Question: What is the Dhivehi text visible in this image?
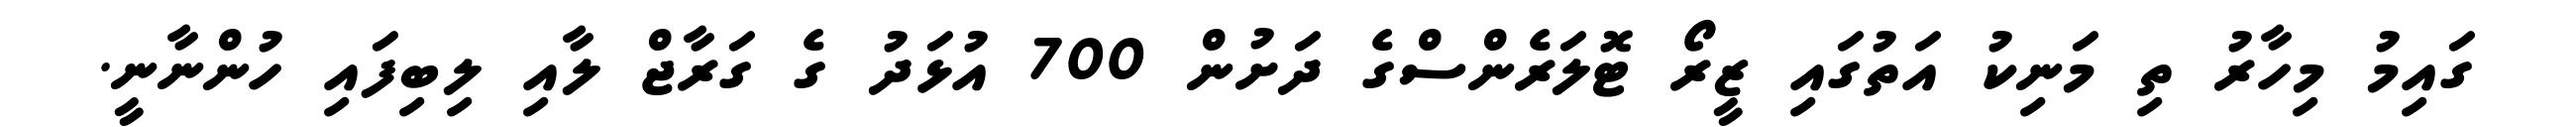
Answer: ގައިމު މިހާރު ތި މަނިކު އަތުގައި ޒީރޯ ޓޮލަރެންސްގެ ދަށުން 700 އުޅަދު ގެ ގަރާޖް ލާއި ލިބިފައި ހުންނާނީ.